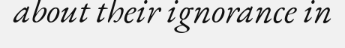
about their ignorance in